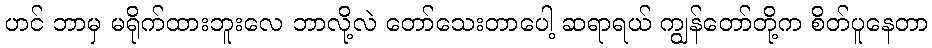
ဟင် ဘာမှ မရိုက်ထားဘူးလေ ဘာလို့လဲ တော်သေးတာပေါ့ ဆရာရယ် ကျွန်တော်တို့က စိတ်ပူနေတာ